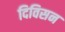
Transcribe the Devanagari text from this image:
दिविसन